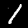
Digit: 1